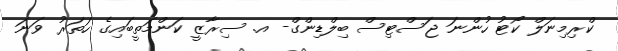
ކްރިމިނަލް ކޯޓު ހުންނަ ޖަސްޓިިސް ބިލްޑިންގް- އ. ސިރާޒީ ކަންމަތީބައިގެ ހަތަރު ވަނަ